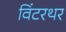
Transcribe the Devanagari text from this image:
विंटरथर